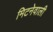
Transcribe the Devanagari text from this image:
मिटनेवाली